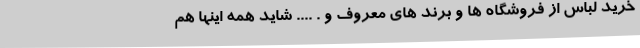
خرید لباس از فروشگاه ها و برند های معروف و . .... شاید همه اینها هم